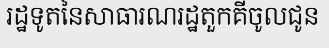
រដ្ឋទូតនៃសាធារណរដ្ឋតួកគីចូលជូន